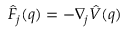
\hat { F } _ { j } ( q ) = - \nabla _ { j } \hat { V } ( q )